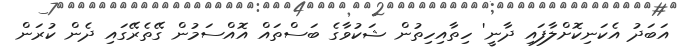
އަބަދު އެކަނިކޮށްލާފައި ދާނީ' ހިތާއިހިތުން ޝަކުވާގެ ބަސްތައް އޮއްސަމުން ގޭތެރޭގައި ދެން ކުރަން